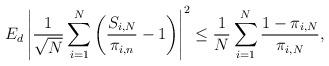
LaTeX: \begin{align*}E_{d}\left|\frac{1}{\sqrt{N}}\sum_{i=1}^{N}\left(\frac{S_{i,N}}{\pi_{i,n}}-1\right)\right|^{2}\leq \frac{1}{N}\sum_{i=1}^{N}\frac{1-\pi_{i,N}}{\pi_{i,N}},\end{align*}